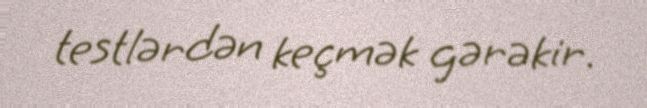
testlərdən keçmək gərəkir.